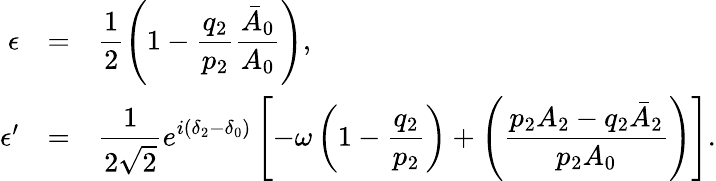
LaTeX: \begin{array}{rcl}{{\epsilon}}&{{=}}&{{\displaystyle{\frac{1}{2}\left(1-\frac{q_{2}}{p_{2}}\frac{\bar{A}_{0}}{A_{0}}\right)},}}\\ {{\epsilon^{\prime}}}&{{=}}&{{\displaystyle{\frac{1}{2\sqrt{2}}e^{i(\delta_{2}-\delta_{0})}\left[-\omega\left(1-\frac{q_{2}}{p_{2}}\right)+\left(\frac{p_{2}A_{2}-q_{2}\bar{A}_{2}}{p_{2}A_{0}}\right)\right]}.}}\end{array}